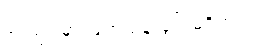
ခင်ဗျားမှာ ဖြတ်သန်းခွင့် မရှိဘူး။